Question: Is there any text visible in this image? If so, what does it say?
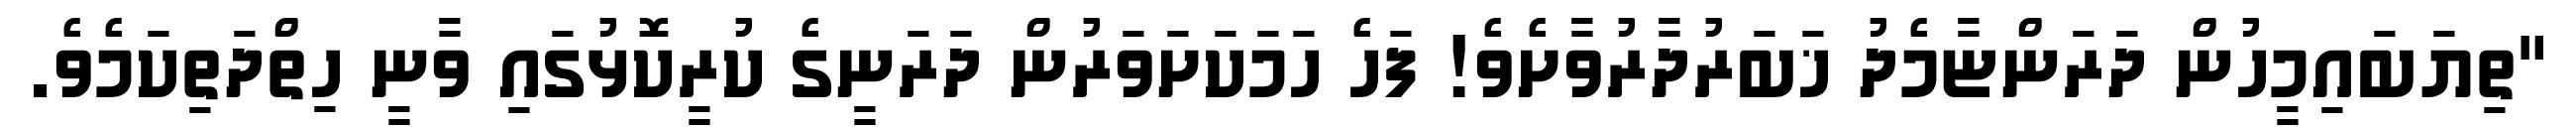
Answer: "ތިޔަބައިމީހުން ދަރަންޏާމެދު ޚަބަރުދާރުވާށެވެ! ފަހެ ހަމަކަށަވަރުން ދަރަނީގެ ކުރީކޮޅުގައި ވާނީ ހިތްދަތިކަމެވެ.